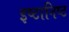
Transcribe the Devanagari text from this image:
इष्टानिष्ट